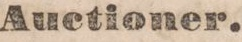
Auctioner.